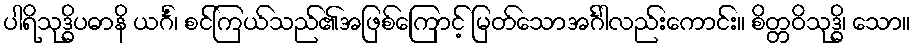
ပါရိသုဒ္ဓိပဓာနိ ယင်္ဂံ၊ စင်ကြယ်သည်၏အဖြစ်ကြောင့် မြတ်သောအင်္ဂါလည်းကောင်း။ စိတ္တဝိသုဒ္ဓိ၊ သော။